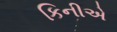
કિનીએ